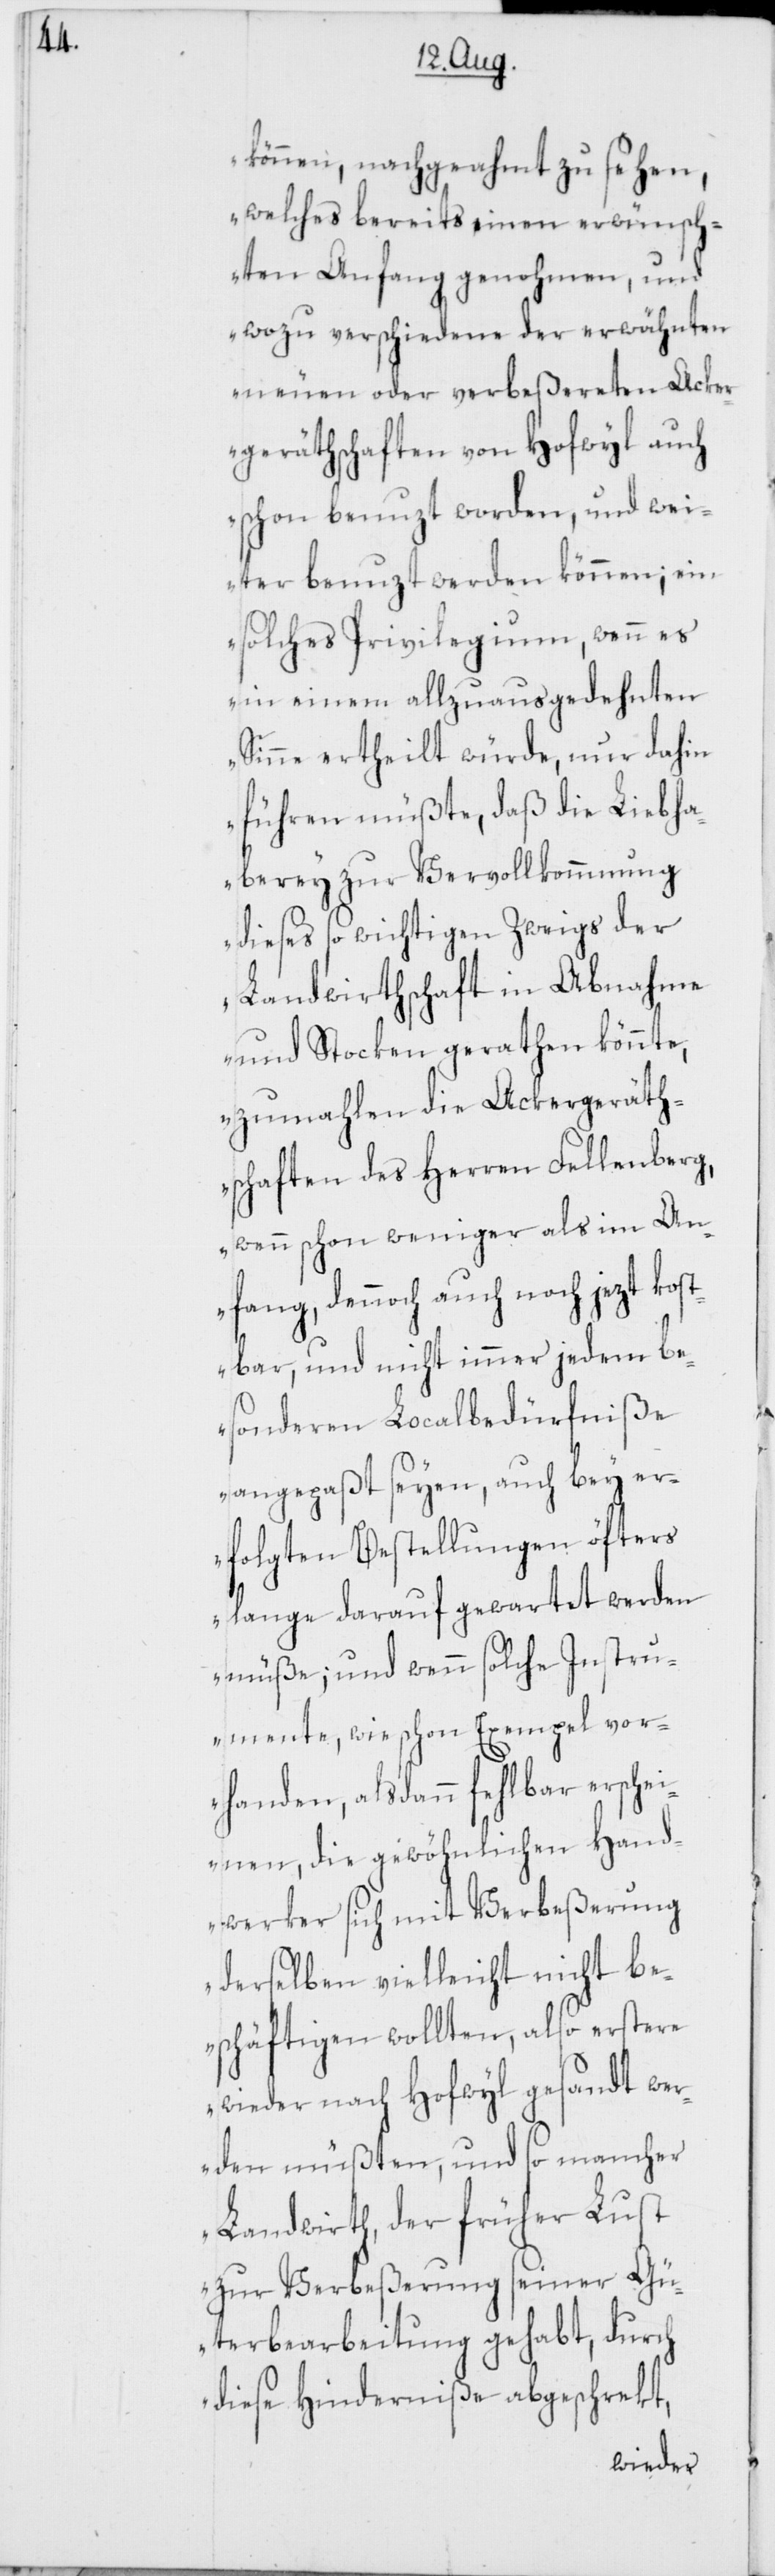
können, nachgeahmt zu sehen,
welches bereits einen erwünsch¬
ten Anfang genohmen, und
wozu verschiedene der erwähnten
neuen oder verbeßereten Acker¬
geräthschaften von Hofwyl auch
schon benuzt worden, und wei¬
ter benuzt werden können; ein
solches Privilegium, wenn es
in einem allzuausgedehnten
Sinne ertheilt würde, nur dahin
führen müßte, daß die Liebha¬
berey zur Vervollkommnung
dieses so wichtigen Zweigs der
Landwirthschaft in Abnahme
und Stocken gerathen könnte,
zumahlen die Ackergeräth¬
schaften des Herren Fellenberg,
wenn schon weniger als im An¬
fang, dennoch auch noch jezt kos¬
tbar, und nicht immer jedem be¬
sonderen Localbedürfniße
angepaßt seyen, auch bey er¬
folgten Bestellungen öfters
lange darauf gewartet werden
müße; und wenn solche Instru¬
mente, wie schon Exempel vor¬
handen, alsdann fehlbar ersche¬
inen, die gewöhnlichen Hand¬
werker sich mit Verbeßerung
derselben vielleicht nicht be¬
schäftigen wollten, also erstere
wieder nach Hofwyl gesandt we¬
rden müßten, und so mancher
Landwirth, der früher Lust
zur Verbeßerung seiner Gü¬
terbearbeitung gehabt, durch
diese Hinderniße abgeschrekt,